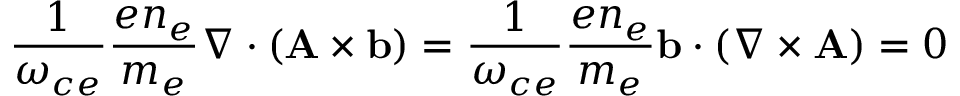
\frac { 1 } { \omega _ { c e } } { \frac { e n _ { e } } { m _ { e } } \nabla \cdot ( { \bf A } \times { \bf b } } ) = \frac { 1 } { \omega _ { c e } } { \frac { e n _ { e } } { m _ { e } } } { \bf b } \cdot ( \nabla \times { \bf A } ) = 0